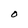
Character: O